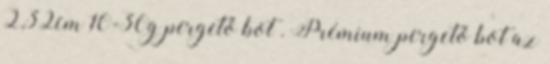
2,32cm 10-30g pergető bot . Prémium pergető bot az